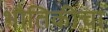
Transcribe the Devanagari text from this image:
भौतिकीचा